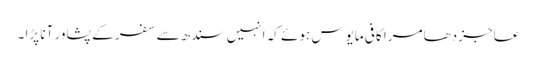
عاجز دھامرا کافی مایوس ہوئے کہ انہیں سندھ سے سفر کے پشاور آنا پڑا ۔